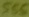
Text: 555